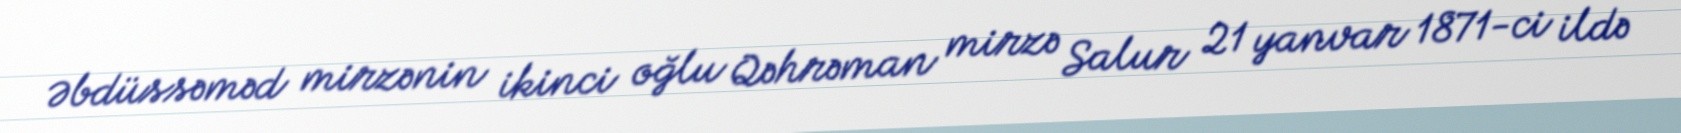
Əbdüssəməd mirzənin ikinci oğlu Qəhrəman mirzə Salur 21 yanvar 1871-ci ildə